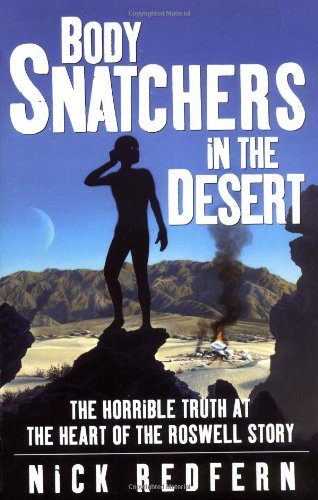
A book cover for Body Snatchers in the Desert: The Horrible Truth at the Heart of the Roswell Story; Nick Redfern; History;